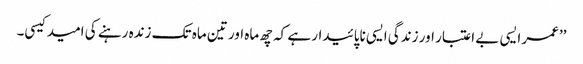
’’عمر ایسی بے اعتبار اور زندگی ایسی ناپائیدار ہے کہ چھ ماہ اور تین ماہ تک زندہ رہنے کی امید کیسی۔